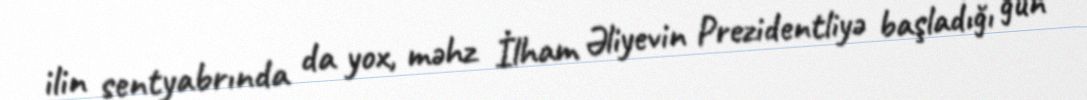
ilin sentyabrında da yox, məhz İlham Əliyevin Prezidentliyə başladığı gün